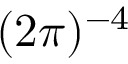
( 2 \pi ) ^ { - 4 }